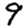
Digit: 9